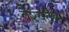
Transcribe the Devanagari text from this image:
वैश्यदेव